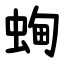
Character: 蜔